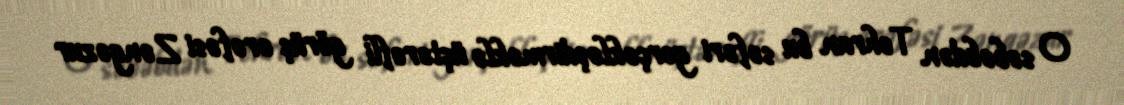
O səbəbdən Tehran bu səfəri gerçəkləşdirməklə üçtərəfli görüş ərəfəsi Zəngəzur